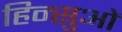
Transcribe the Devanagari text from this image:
हिन्सुओं